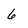
Character: 6